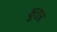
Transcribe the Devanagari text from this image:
क्षुतार